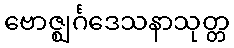
ဗောဇ္ဈင်္ဂဒေသနာသုတ္တ